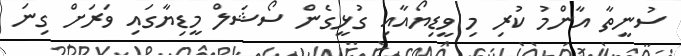
ސުނީތާ އާންމު ކުރި މި ވީޑިޔޯއާއި ގުޅީގެން ސޯޝަލް މީޑިޔާގައި ވަރަށް ގިނަ